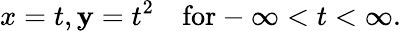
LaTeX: x=t,\mathbf{y}=t^{2}\quad\mathrm{{for}}-\infty<t<\infty.